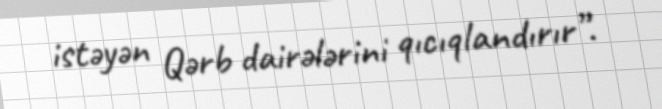
istəyən Qərb dairələrini qıcıqlandırır”.